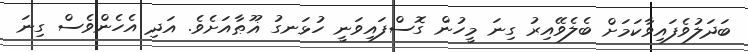
ބަދަލުވެފައިވާކަމަށް ބެލެވޭއިރު ގިނަ މީހުން ގޮސްފައިވަނީ ހުޅަނގު ޣޫޠާއަށެވެ. އަދި އެހެންވެސް ގިނަ